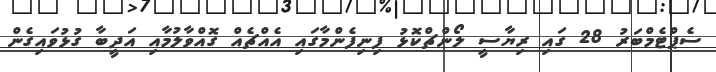
ސެޕްޓެމްބަރު 28 ގައި ރިޔާސީ ލޯންޗްކޮޅު ފިނިފެންމާގައި އެއްޗެއް ގޮއްވާލުމާއި އަދީބާ ގުޅުވައިގެން